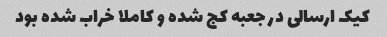
کیک ارسالی در جعبه کج شده و کاملا خراب شده بود